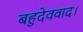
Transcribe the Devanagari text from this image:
बहुदेववाद।